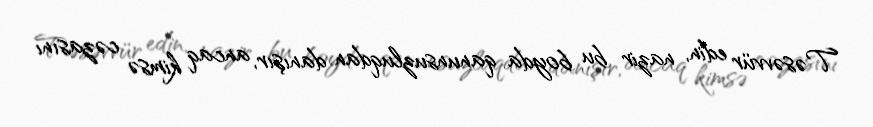
Təsəvvür edin, nazir bu boyda qanunsuzluqdan danışır, ancaq kimsə cəzasını